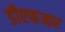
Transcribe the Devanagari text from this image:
डीएफआर